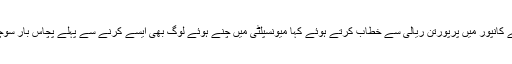
مودی نے کانپور میں پرپورتن ریالی سے خطاب کرتے ہوئے کہا میونسپلٹی میں چنے ہوئے لوگ بھی ایسے کرنے سے پہلے پچاس بار سوچتے ہیں۔